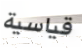
قياسية